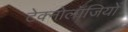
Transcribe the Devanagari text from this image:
टेक्नोलॉजियों